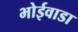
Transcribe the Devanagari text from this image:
भोईवाडा